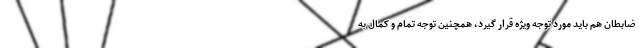
ضابطان هم باید مورد توجه ویژه قرار گیرد، همچنین توجه تمام و کمال به